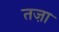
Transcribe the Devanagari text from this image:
तज़ा